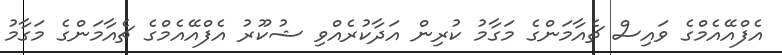
އެފްއޭއެމްގެ ވައިސް ޗެއާމަންގެ މަގާމު ކުރިން އަދާކުރެއްވި ޝުކޫރު އެފްއޭއެމްގެ ޗެއާމަންގެ މަގާމު